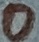
Text: O